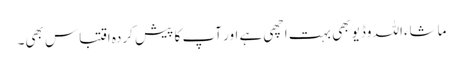
ماشاءاللہ وڈیو بھی بہت اچھی ہے اور آپ کا پیش کردہ اقتباس بھی۔